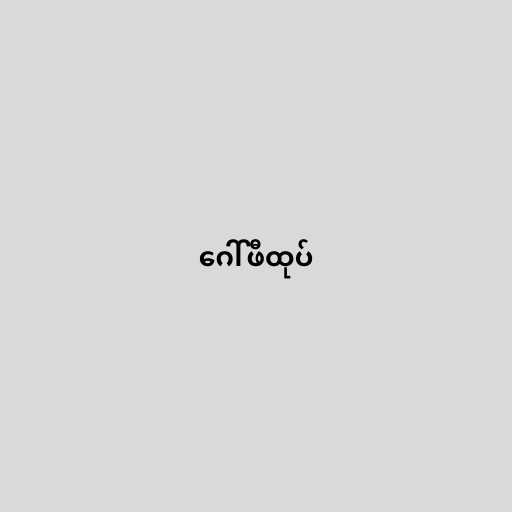
ဂေါ်ဖီထုပ်